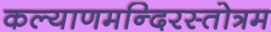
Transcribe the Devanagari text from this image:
कल्याणमन्दिरस्तोत्रम